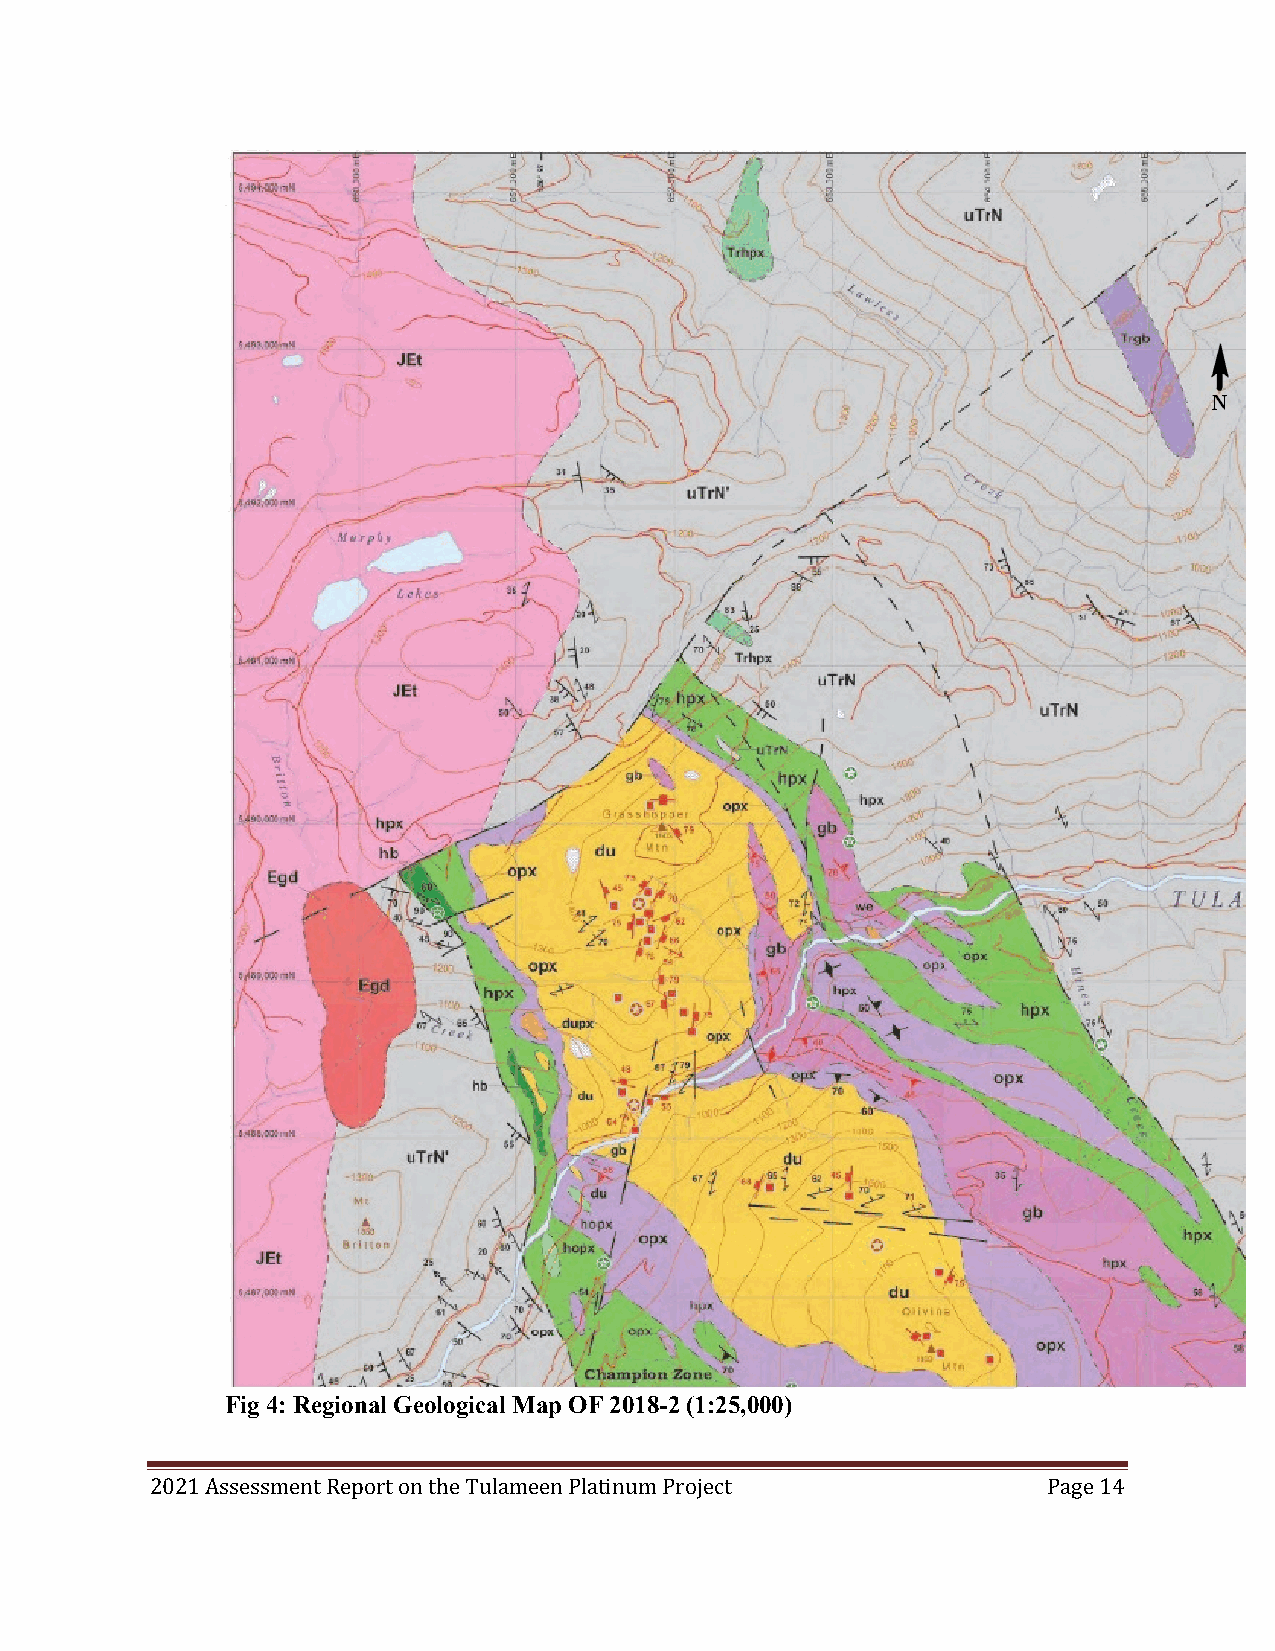
Fig 4: Regional Geological Map OF 2018-2 (1:25,000)
 2021 Assessment Report on the Tulameen Platinum Project    Page 14